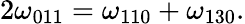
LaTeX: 2\omega_{011}=\omega_{110}+\omega_{130}.